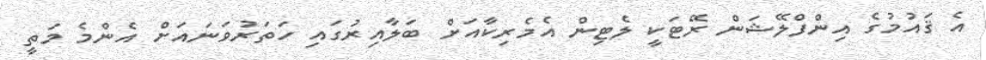
އެ ޤައުމުގެ އިންފްލޭޝަން ރޭޓަކީ ލެޓިން އެމެރިކާއަށް ބަލާއިރުގައި ހަތަރުވަނައަށް އެންމެ މަތީ